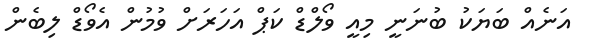
އަނެއް ބަޔަކު ބުނަނީ މިއީ ވޯލްޑް ކަޕް އަހަރަށް ވުމުން އެވޯޑް ލިބެން